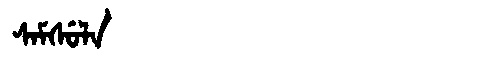
Manchu: ᠰᠠᠮᠰᡠᠯᠠ
Romanization: SAMSULA